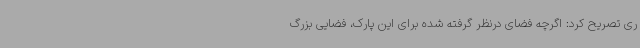
ری تصریح کرد: اگرچه فضای درنظر گرفته شده برای این پارک، فضایی بزرگ